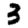
Digit: 3